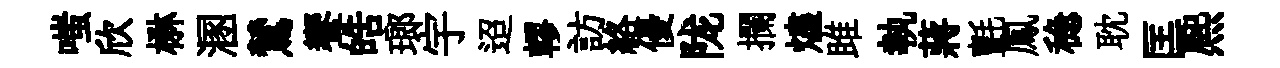
嗤欣楙溷鷥饗皓瑯宇迢轇訪絡優陇攔燼雎執蔣氈鳳稳耽匡熈